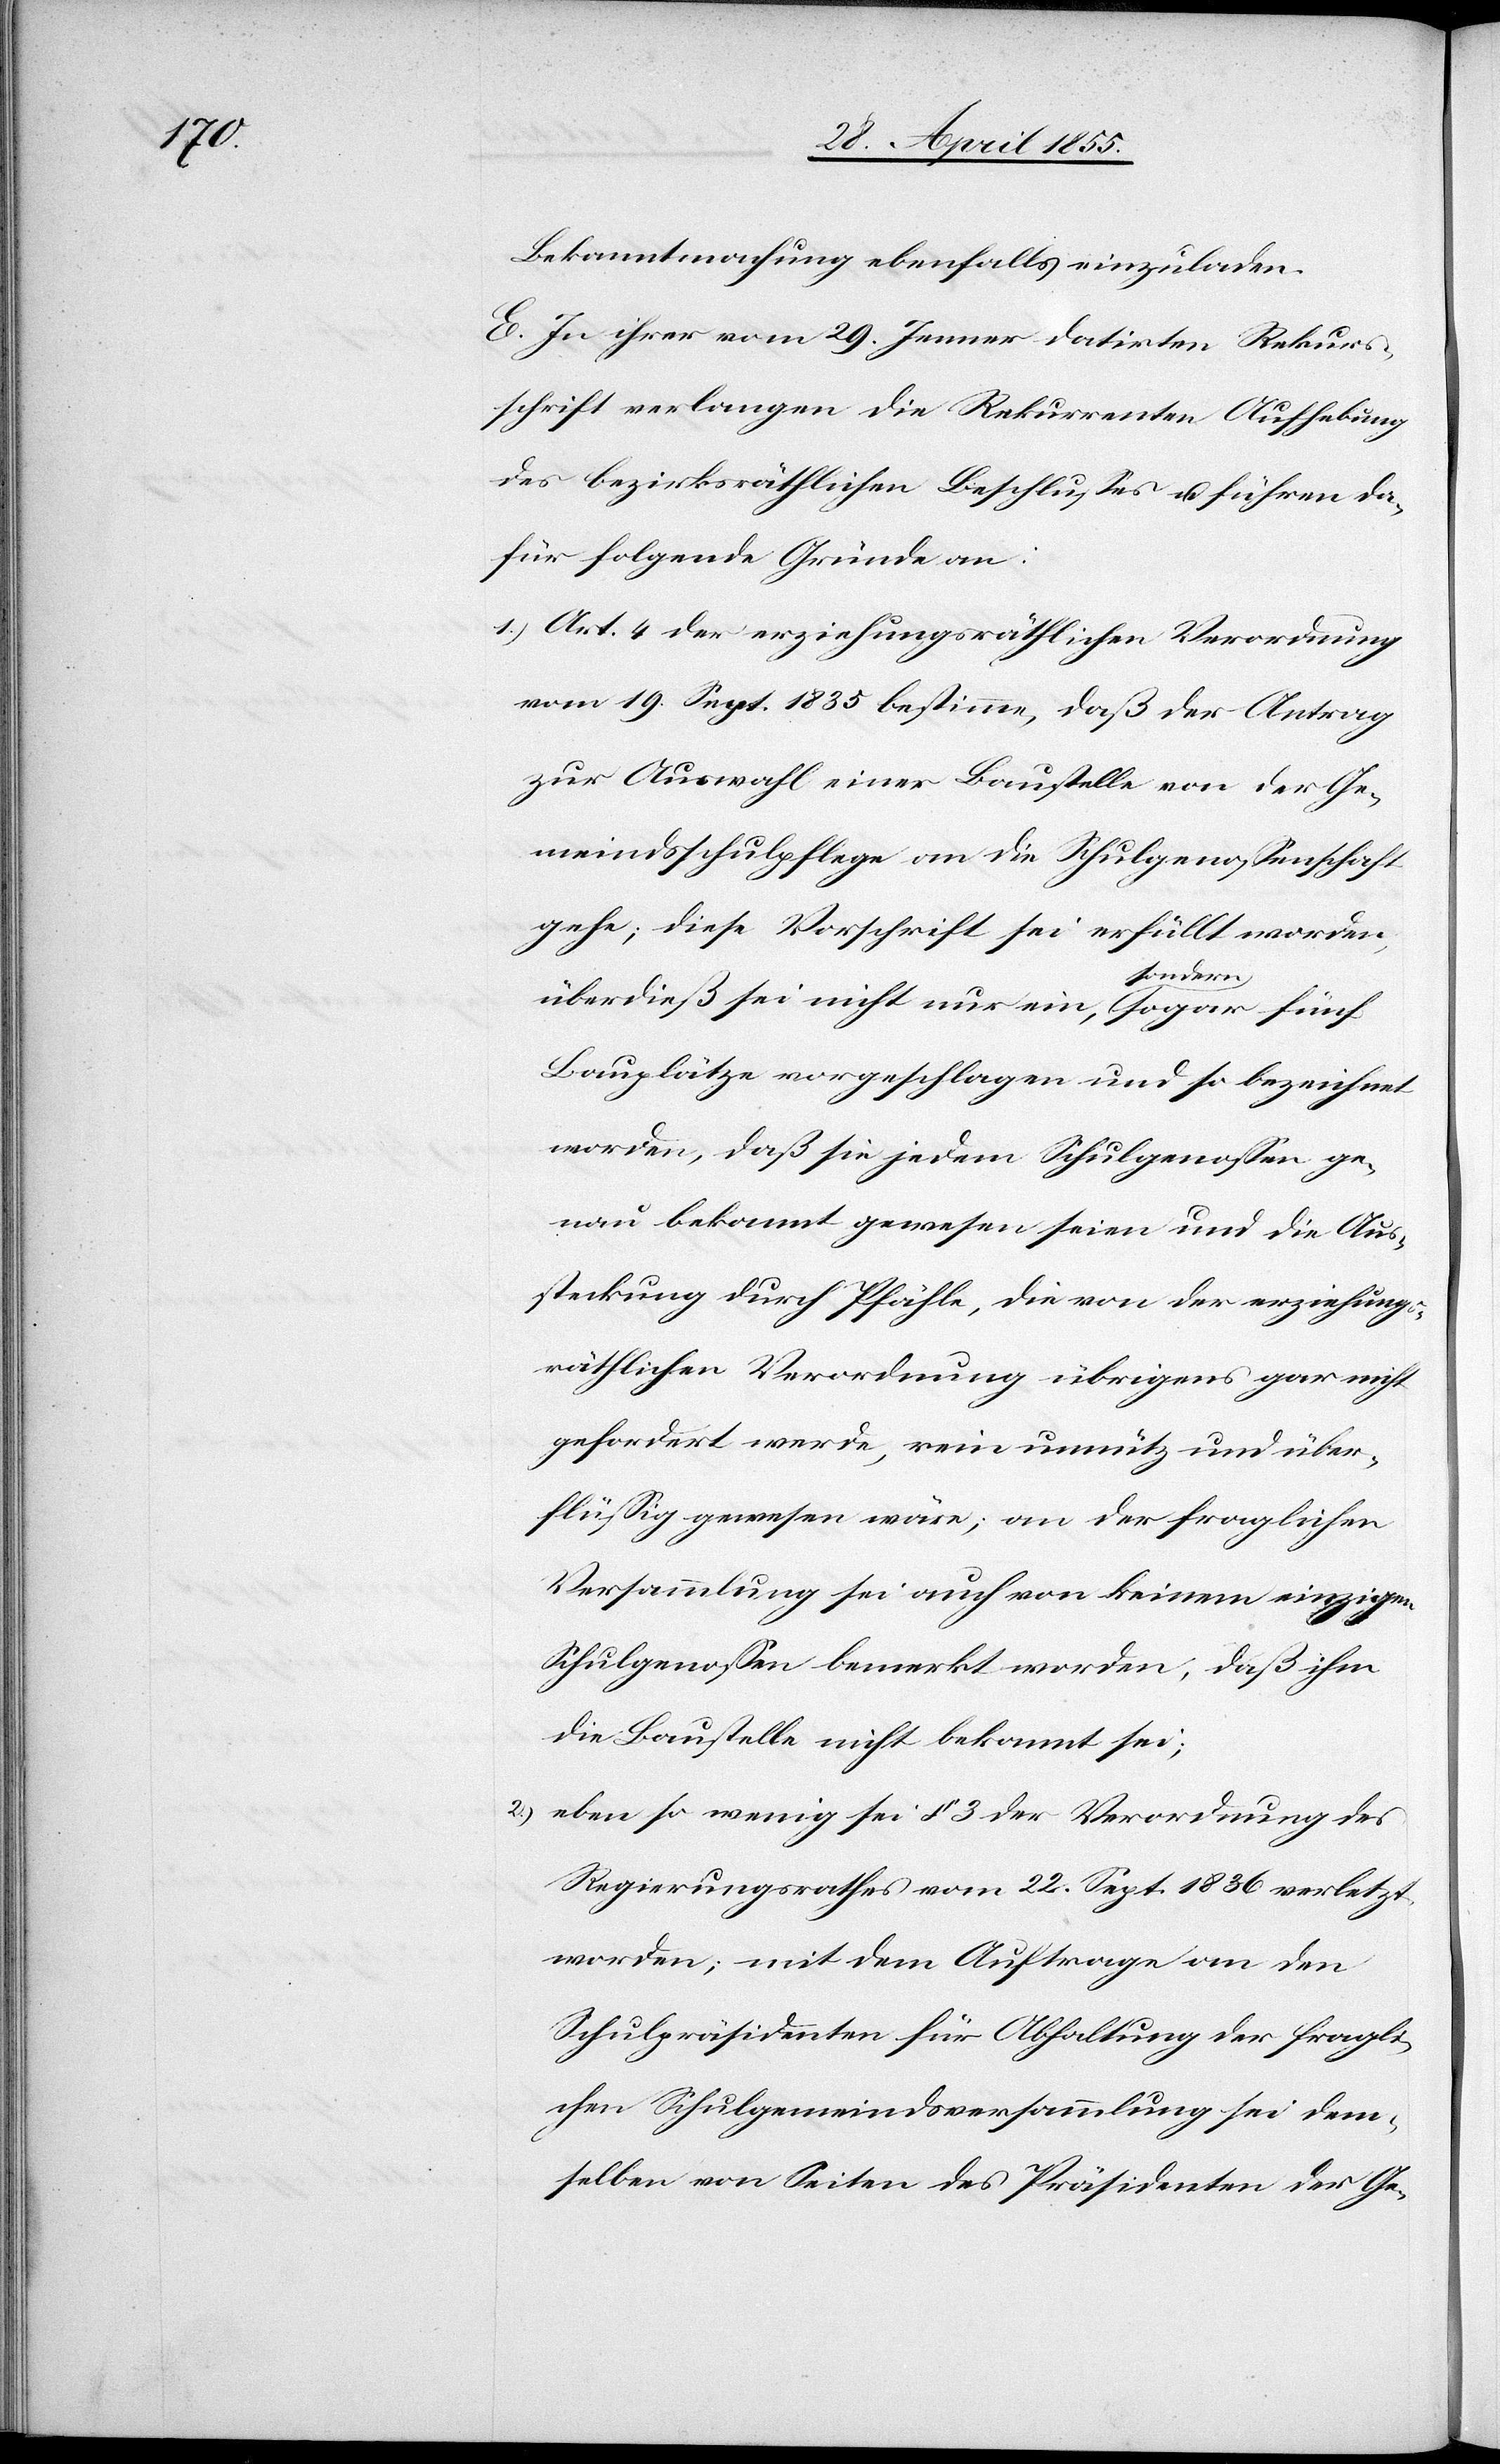
Bekanntmachung ebenfalls einzuladen.
E. In ihrer vom 29. Jenner datirten Rekurs¬
schrift verlangen die Rekurrenten Aufhebung
des bezirksräthlichen Beschlusses u. führen da¬
für folgende Gründe an:
Art. 4 der erziehungsräthlichen Verordnung
vom 19. Sept. 1835 bestimme, daß der Antrag
zur Auswahl einer Baustelle von der Ge¬
meindsschulpflege an die Schulgenossenschaft
gehe; diese Vorschrift sei erfüllt worden,
überdieß sei nicht nur ein, sondern sogar
Bauplätze vorgeschlagen und so bezeichnet
worden, daß sie jedem Schulgenossen ge¬
nau bekannt gewesen seien und die Aus¬
steckung durch Pfähle, die von der erziehungs¬
räthlichen Verordnung übrigens gar nicht
gefordert werde, rein unnütz und über¬
flüssig gewesen wäre; an der fraglichen
Versammlung sei auch von keinem einzigen
Schulgenossen bemerkt worden, daß ihm
die Baustelle nicht bekannt sei;
eben so wenig sei § 3 der Verordnung des
Regierungsrathes vom 22. Sept. 1836 verletzt
worden; mit dem Auftrage an den
Schulpräsidenten für Abhaltung der fragli¬
chen Schulgemeindsversammlung sei dem¬
selben von Seiten des Präsidenten der Ge-